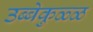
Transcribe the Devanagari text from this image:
उब्बेकुळ्ळ